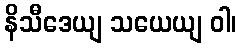
နိသီဒေယျ သယေယျ ဝါ၊